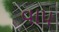
વાપ